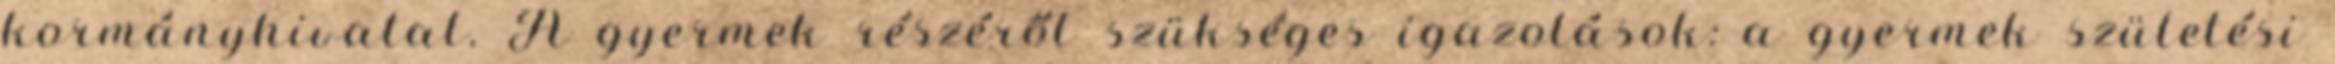
kormányhivatal. A gyermek részéről szükséges igazolások: a gyermek születési